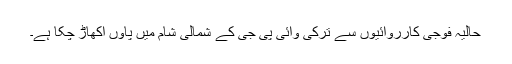
حالیہ فوجی کارروائیوں سے ترکی وائی پی جی کے شمالی شام میں پاوں اکھاڑ چکا ہے۔